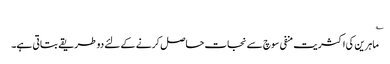
؎
ماہرین کی اکثریت منفی سوچ سے نجات حاصل کرنے کے لئے دو طریقے بتاتی ہے۔